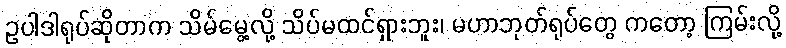
ဥပါဒါရုပ်ဆိုတာက သိမ်မွေ့လို့ သိပ်မထင်ရှားဘူး၊ မဟာဘုတ်ရုပ်တွေ ကတော့ ကြမ်းလို့